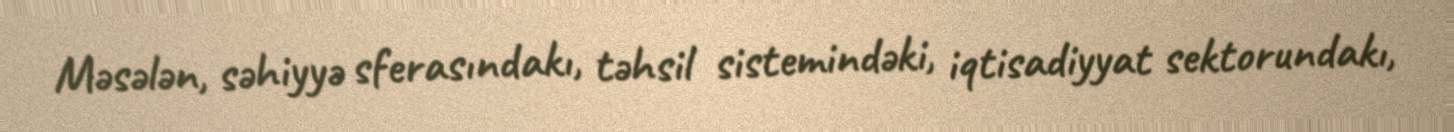
Məsələn, səhiyyə sferasındakı, təhsil sistemindəki, iqtisadiyyat sektorundakı,